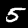
Label: 5